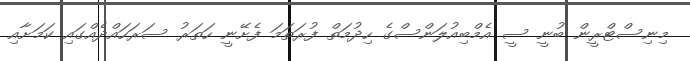
މިނިސްޓްރީން ބުނީ ސީ އެމްބިއުލަންސްގެ ހިދުމަތް ފުރަތަމަ ފެށޭނީ ހަތަރު ސަރަހައްދެއްގައި ކަމަށާއި